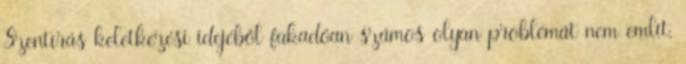
Szentírás keletkezési idejéből fakadóan számos olyan problémát nem említ,